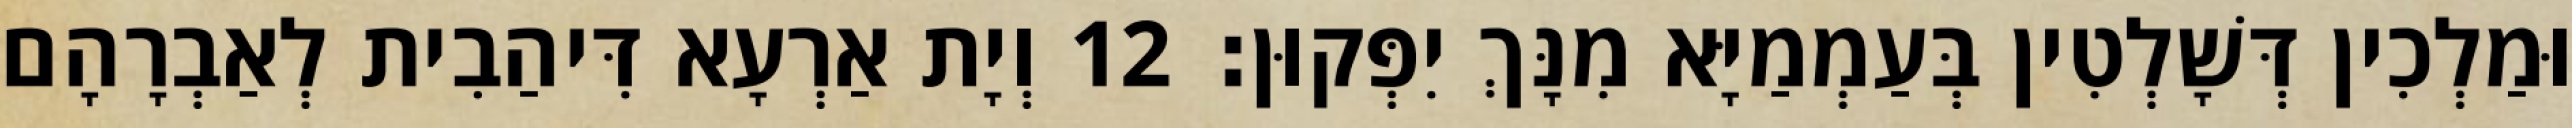
וּמַלְכִין דְּשָׁלְטִין בְּעַמְמַיָּא מִנָּךְ יִפְּקוּן׃ 12 וְיָת אַרְעָא דִּיהַבִית לְאַבְרָהָם